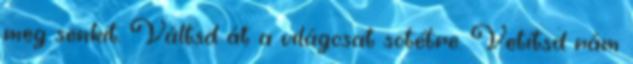
meg senkit. Váltsd át a világosat sötétre. Vetítsd rám